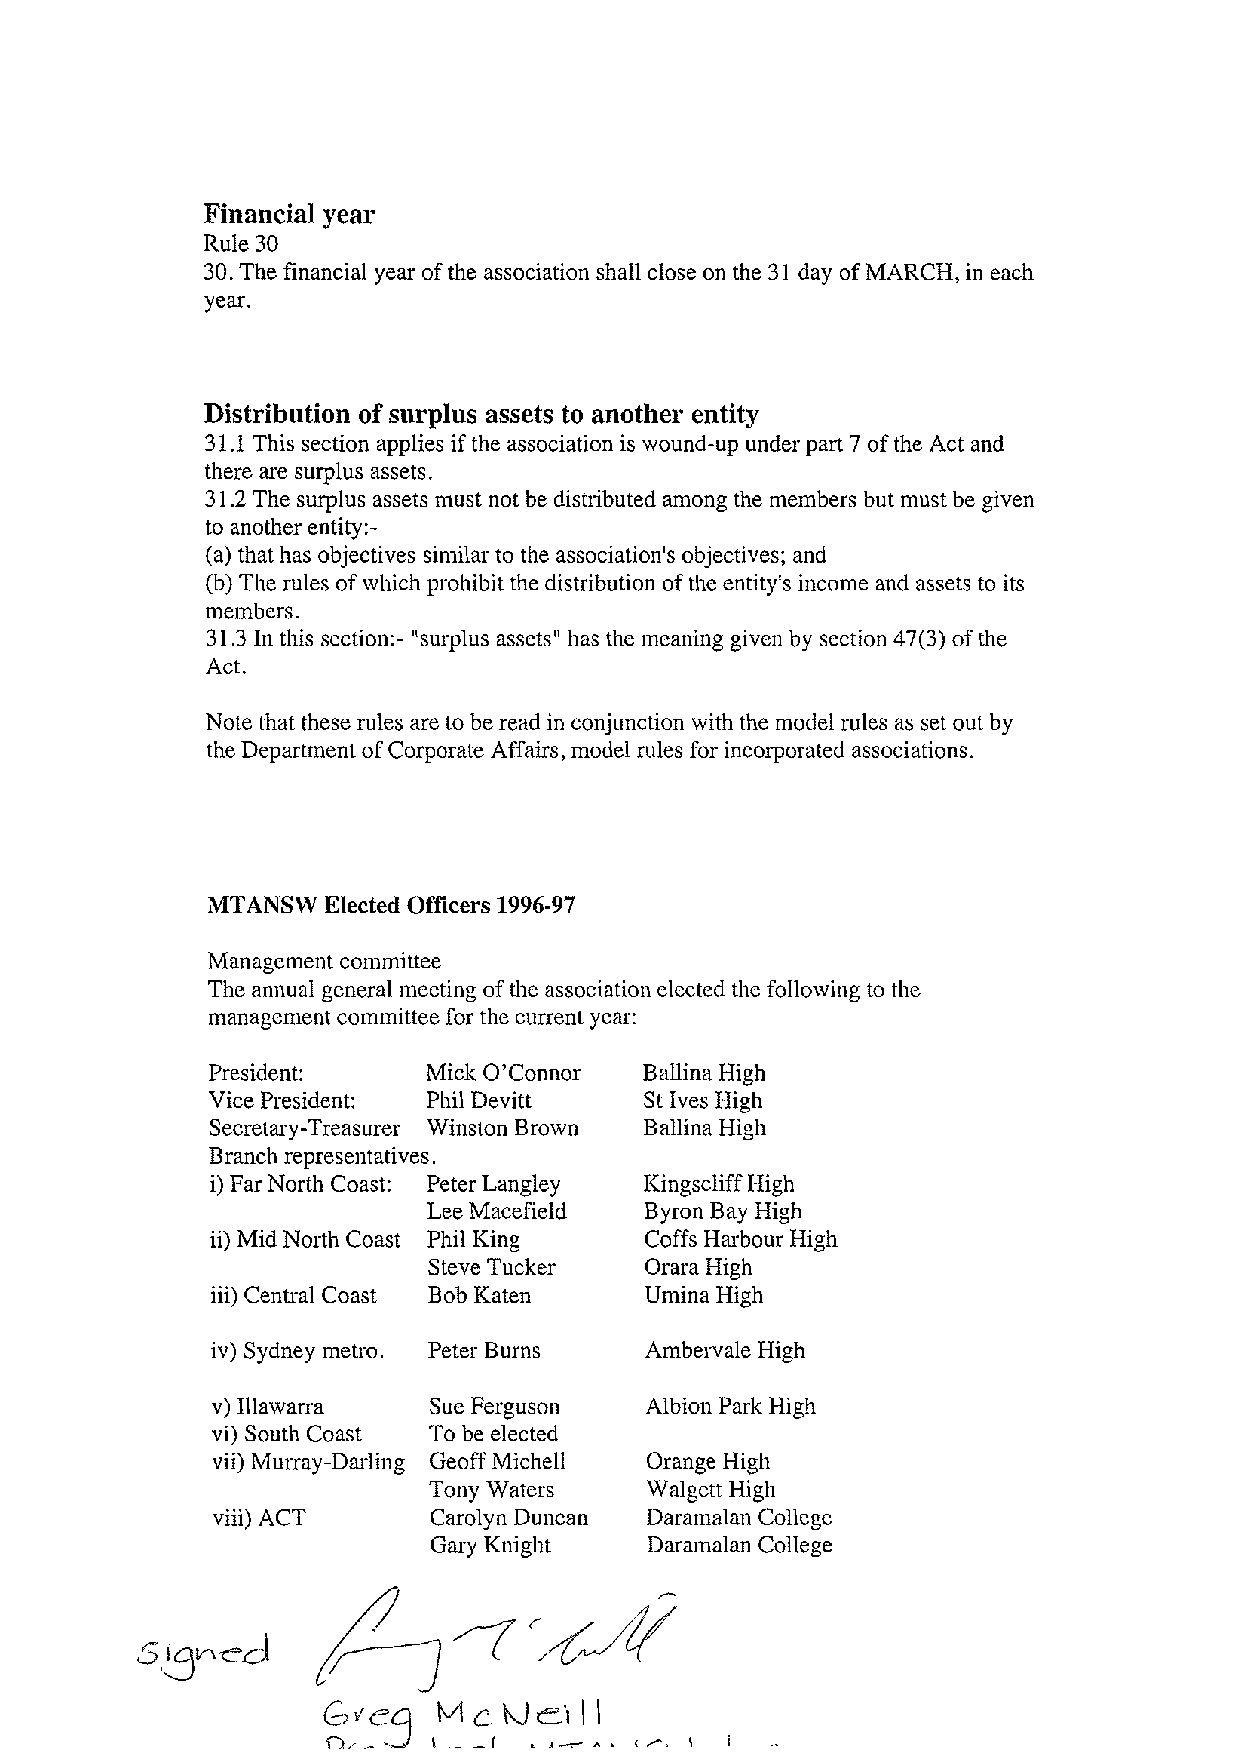
Financial year
 Rule 30
 30.The financial year of the association shall close on the 31 day ofMARCH, in each
 year.
 Distribution ofsurplus assets to another entity
 31.1 This section applies if the association is wound-up underpart 7 ofthe Act and
 there are surplus assets.
 31.2 Thesurplus assets must not be distributed among the members but must be given
 to anotherentity:-
 (a) that has objectives similarto the association's objectives; and
 (b) The rules ofwhich prohibit the distribution of theentity's income and assets to its
 members.
 31.3 In this section:- "surplus assets" has the meaning given by section 47(3) of the
 Act.
 Note that these rules are to be read in conjunction with the model rules as set out by
 the DepartmentofCorporate Affairs, model rules for incorporated associations.
 MTANSW Elected Officers1996-97
 Management committee
 The annual general meeting ofthe association elected the following to the
 managementcommitteefor the currentyear:
 President:    Mick O'Connor  BallinaHigh
 Vice President: Phil Devitt  St Ives High
 Secretary-Treasurer Winston Brown Ballina High
 Branch representatives.
 i)Far North Coast: PeterLangley KingscliffHigh
 Lee Macefield  Byron Bay High
 ii)Mid North Coast Phil King Coffs Harbour High
 Steve Tucker   Orara High
 iii) Central Coast Bob Katen UminaHigh
 iv) Sydney metro. Peter Burns Ambervale High
 v) Illawarra  Sue Ferguson   Albion Park High
 vi) South Coast To be elected
 vii) Murray-Darling GeoffMichell Orange High
 Tony Waters    Walgett High
 viii) ACT     Carolyn Duncan Daramalan College
 Gary Knight    Daramalan College